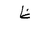
Letter: _za